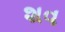
શવ